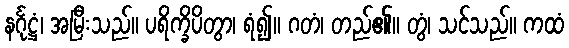
နင်္ဂုဋ္ဌံ၊ အမြီးသည်။ ပရိက္ခိပိတွာ၊ ရံ၍။ ဂတံ၊ တည်၏။ တွံ၊ သင်သည်။ ကထံ